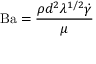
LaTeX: \mathrm { B a } = { \frac { \rho d ^ { 2 } \lambda ^ { 1 / 2 } { \dot { \gamma } } } { \mu } }